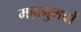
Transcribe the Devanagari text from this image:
महानुभवों